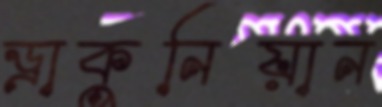
ড্রাকুনিয়ান